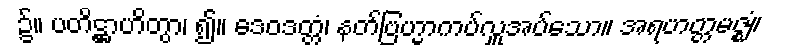
၌။ ပတိဋ္ဌာဟိတွာ၊ ၍။ ဒေဝဒတ္တံ၊ နတ်ဗြဟ္မာကပ်လှူအပ်သော။ အရဟတ္တမဇ္ဈံ၊